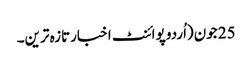
25 جون(اُردو پوائنٹ اخبارتازہ ترین۔